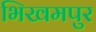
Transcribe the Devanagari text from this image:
भिखमपुर